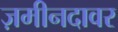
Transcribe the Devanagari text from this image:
ज़मीनदावर